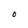
Character: O